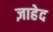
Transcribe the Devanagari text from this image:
ज़ाहेद